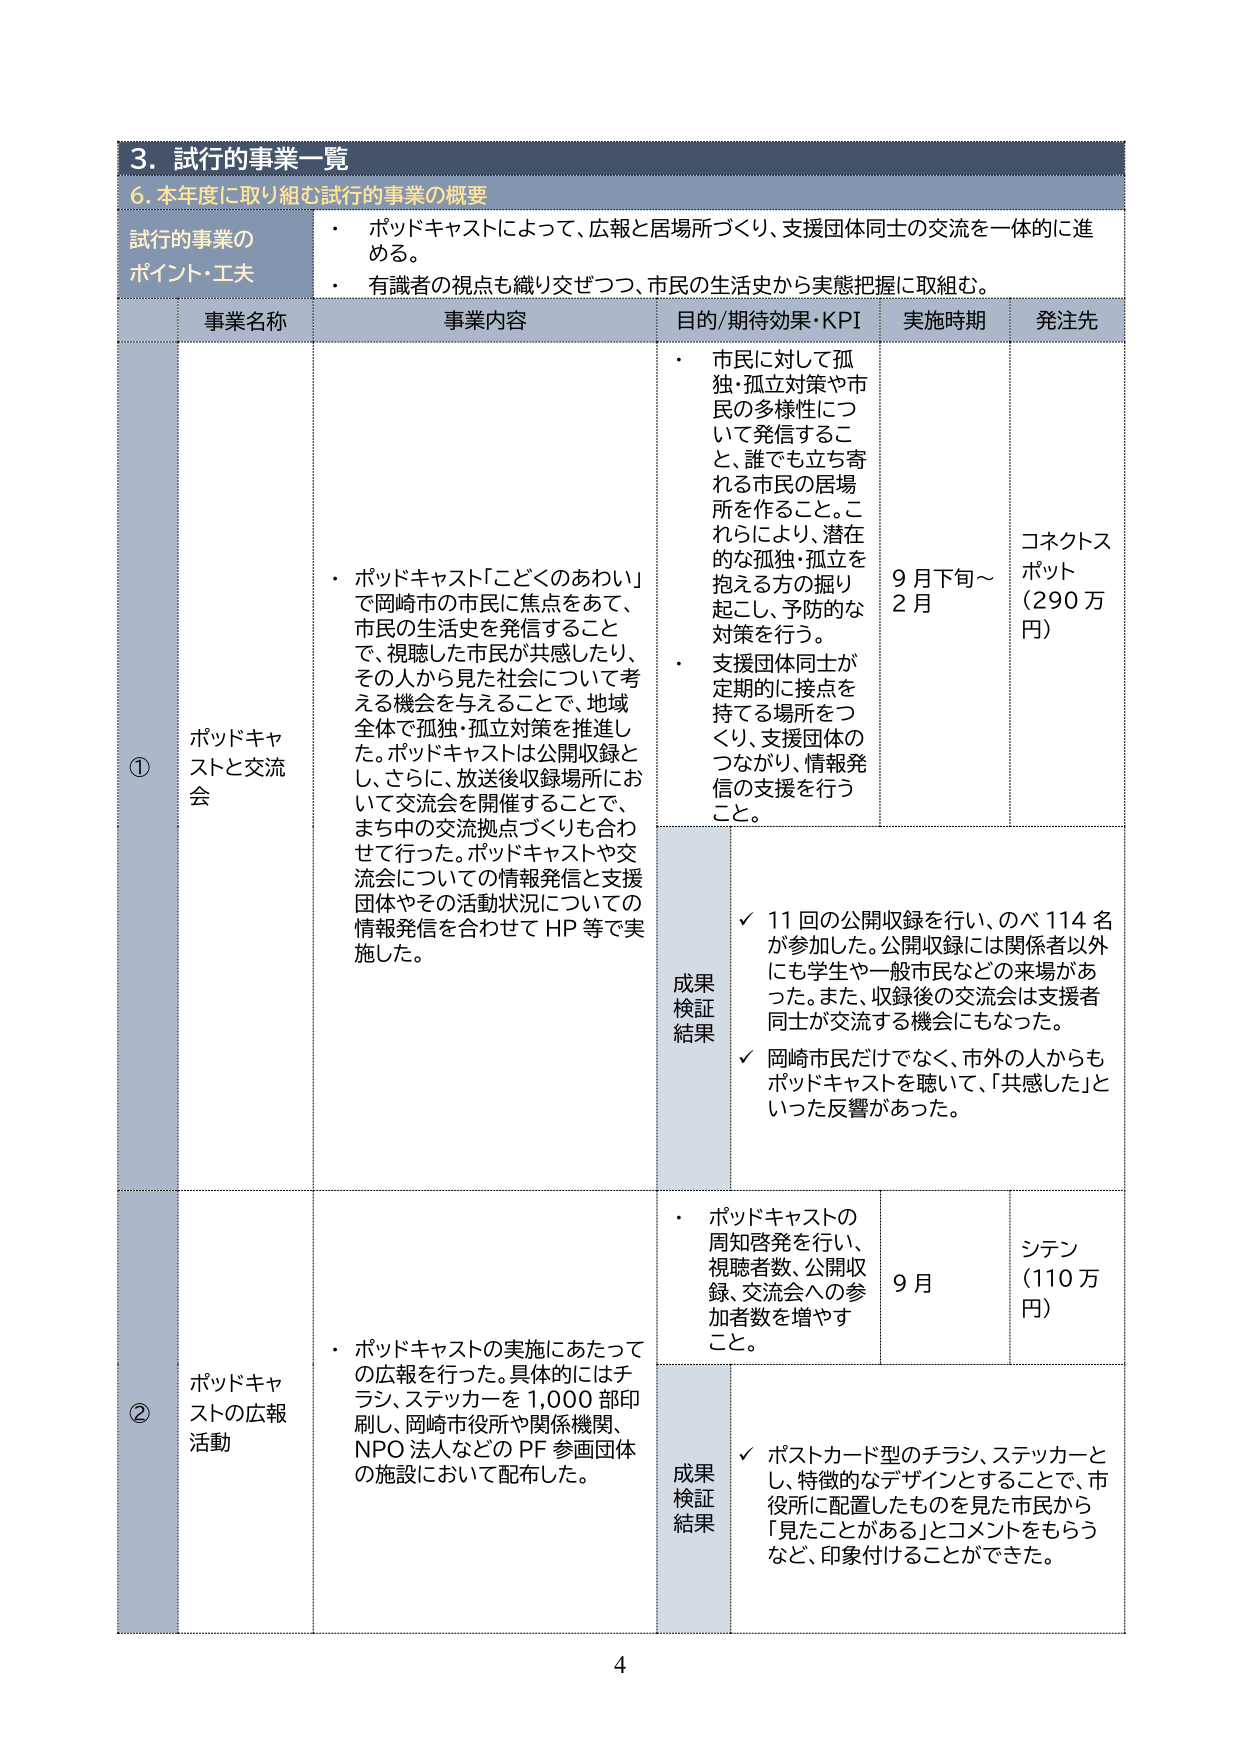
3. 試行的事業一覧
6. 本年度に取り組む試行的事業の概要

試行的事業のポイント・工夫
・ ポッドキャストによって、広報と居場所づくり、支援団体同士の交流を一体的に進める。
・ 有識者の視点も織り交ぜつつ、市民の生活史から実態把握に取組む。

事業名称 事業内容 目的/期待効果・KPI 実施時期 発注先

① ポッドキャストと交流会
・ ポッドキャスト「こどくのあわい」で岡崎市の市民に焦点をあて、市民の生活史を発信することで、視聴した市民が共感したり、その人から見た社会について考える機会を与えることで、地域全体で孤独・孤立対策を推進した。ポッドキャストは公開収録とし、さらに、放送後収録場所において交流会を開催することで、まち中の交流拠点づくりも合わせて行った。ポッドキャストや交流会についての情報発信と支援団体やその活動状況についての情報発信を合わせて HP 等で実施した。

・ 市民に対して孤独・孤立対策や市民の多様性について発信すること、誰でも立ち寄れる市民の居場所を作ること。これらにより、潜在的な孤独・孤立を抱える方の掘り起こし、予防的な対策を行う。
・ 支援団体同士が定期的に接点を持てる場所をつくり、支援団体のつながり、情報発信の支援を行うこと。

9月下旬～2月
コネクトスポット（290万円）

成果検証結果
✓ 11回の公開収録を行い、のべ114名が参加した。公開収録には関係者以外にも学生や一般市民などの来場があった。また、収録後の交流会は支援者同士が交流する機会にもなった。
✓ 岡崎市民だけでなく、市外の人からもポッドキャストを聴いて、「共感した」といった反響があった。

② ポッドキャストの広報活動
・ ポッドキャストの実施にあたっての広報を行った。具体的にはチラシ、ステッカーを1,000部印刷し、岡崎市役所や関係機関、NPO法人などのPF参画団体の施設において配布した。

・ ポッドキャストの周知啓発を行い、視聴者数、公開収録、交流会への参加者数を増やすこと。

9月
シテン（110万円）

成果検証結果
✓ ポストカード型のチラシ、ステッカーとし、特徴的なデザインとすることで、市役所に配置したものを見た市民から「見たことがある」とコメントをもらうなど、印象付けることができた。

4